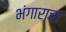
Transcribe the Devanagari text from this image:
भंगाराचा